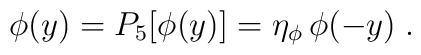
\phi(y)=P_5[\phi(y)]= \eta_\phi \,\phi(-y) \;.